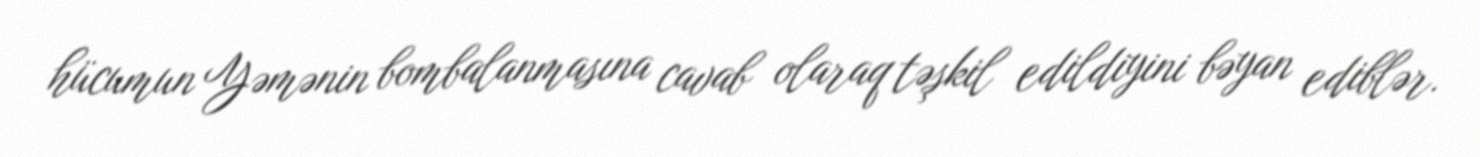
hücumun Yəmənin bombalanmasına cavab olaraq təşkil edildiyini bəyan ediblər.